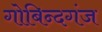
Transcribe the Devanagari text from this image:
गोबिन्दगंज